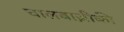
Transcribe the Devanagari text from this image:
चालबाज़ीकी